Civil Veterinary Dept. Bombay admin report 1900-1906 - 1900-1906
Year: 1900
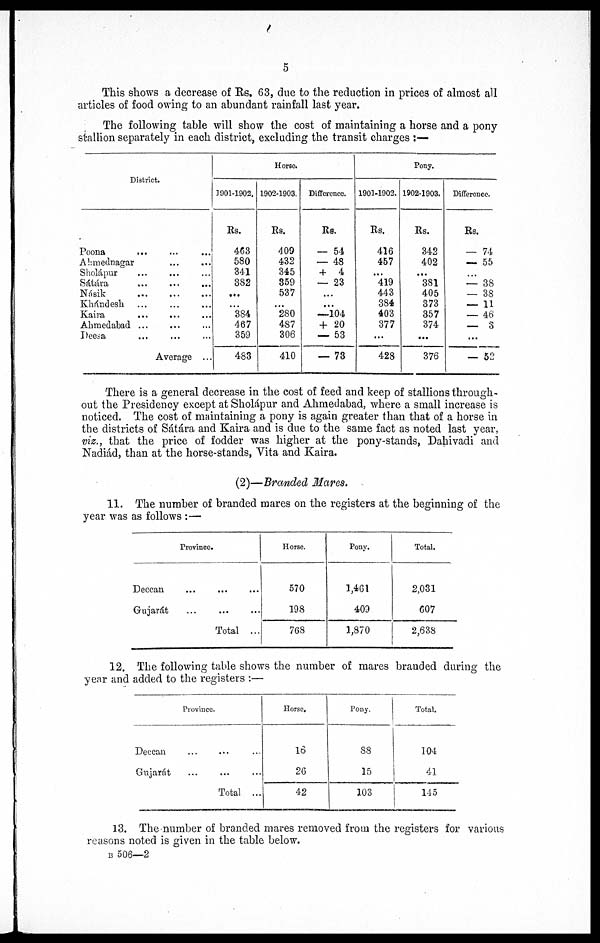
5
This shows a decrease of Rs. 63, due to the reduction in prices of almost all
articles of food owing to an abundant rainfall last year.
The following table will show the cost of maintaining a horse and a pony
stallion separately in each district, excluding the transit charges:—
District.
Poona
... ... ...
Ahmednagar ... ...
Sholápur ... ... ...
Sáhára
...
...
...
Násik
...
...
...
Khándesh ... ... ...
Kaira
... ... ...
Ahmedabad ... ... ...
Deesa ... ... ...
Average ...
Horse.
1901-1902.
Rs.
463
580
341
382
...
...
384
467
359
483
1902-1903.
Rs.
409
432
345
359
537
...
280
487
306
410
Difference.
Rs.
— 54
— 48
+ 4
— 23
...
...
—104
+ 20
— 53
— 73
Pony.
1901-1902.
Rs.
416
457
...
419
443
384
403
377
...
428
1902-1903.
Rs.
342
402
...
381
405
373
357
374
...
376
Difference.
Rs.
— 74
— 55
...
— 38
— 38
— 11
— 46
—
3
...
— 52
There is a general decrease in the cost of feed and keep of stallions through-
out the Presidency except at Sholápur and Ahmedabad, where a small increase is
noticed. The cost of maintaining a pony is again greater than that of a horse in
the districts of Sátára and Kaira and is due to the same fact as noted last year,
viz., that the price of fodder was higher at the pony-stands, Dahivadi and
Nadiád, than at the horse-stands, Vita and Kaira.
(2)—Branded Mares.
11. The number of branded mares on the registers at the beginning of the
year was as follows:—
Province.
Deccan ... ... ...
Gujarat
...
...
...
Total ...
Horse.
570
198
768
Pony.
1,461
409
1,870
Total.
2,031
607
2,638
12. The following table shows the number of mares branded during the
year and added to the registers:—
Province.
Deccan ... ... ...
Gujarát
...
...
...
Total ...
Horse.
16
26
42
Pony.
88
15
103
Total.
104
41
145
13. The number of branded mares removed from the registers for various
reasons noted is given in the table below.
B 506—2